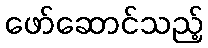
ဖော်ဆောင်သည့်